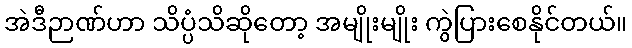
အဲဒီဉာဏ်ဟာ သိပ္ပံသိဆိုတော့ အမျိုးမျိုး ကွဲပြားစေနိုင်တယ်။